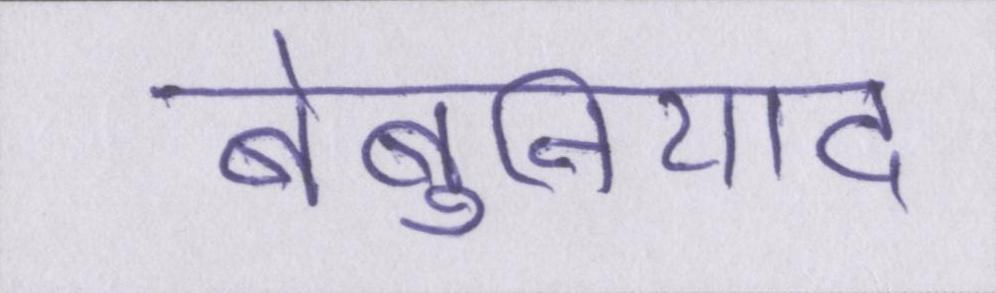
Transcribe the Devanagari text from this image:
बेबुनियाद